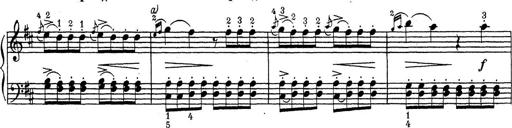
Title: ÄŒeskÃ© Sonatiny
Composer: Various